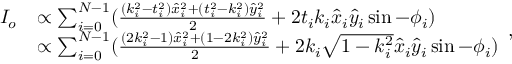
\begin{array} { r l } { I _ { o } } & { \propto \sum _ { i = 0 } ^ { N - 1 } ( \frac { ( k _ { i } ^ { 2 } - t _ { i } ^ { 2 } ) \hat { x } _ { i } ^ { 2 } + ( t _ { i } ^ { 2 } - k _ { i } ^ { 2 } ) \hat { y } _ { i } ^ { 2 } } { 2 } + 2 t _ { i } k _ { i } \hat { x } _ { i } \hat { y } _ { i } \sin - \phi _ { i } ) } \\ & { \propto \sum _ { i = 0 } ^ { N - 1 } ( \frac { ( 2 k _ { i } ^ { 2 } - 1 ) \hat { x } _ { i } ^ { 2 } + ( 1 - 2 k _ { i } ^ { 2 } ) \hat { y } _ { i } ^ { 2 } } { 2 } + 2 k _ { i } \sqrt { 1 - k _ { i } ^ { 2 } } \hat { x } _ { i } \hat { y } _ { i } \sin - \phi _ { i } ) } \end{array} ,